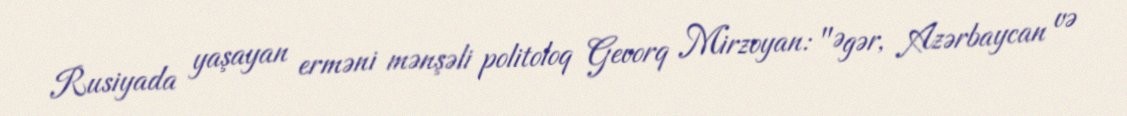
Rusiyada yaşayan erməni mənşəli politoloq Gevorq Mirzoyan: "Əgər, Azərbaycan və